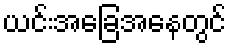
ယင်းအခြေအနေတွင်